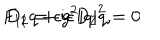
F _ { 1 2 } = \epsilon g ^ { 2 } | q | ^ { 2 } , \hspace { 5 m m } D _ { 1 } q + i \epsilon D _ { 2 } q = 0